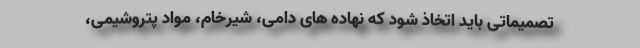
تصمیماتی باید اتخاذ شود که نهاده های دامی، شیرخام، مواد پتروشیمی،